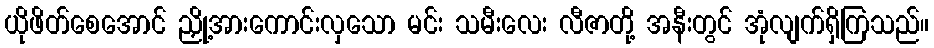
ယိုဖိတ်စေအောင် ညှို့အားကောင်းလှသော မင်း သမီးလေး လီဇာတို့ အနီးတွင် အုံလျက်ရှိကြသည်။